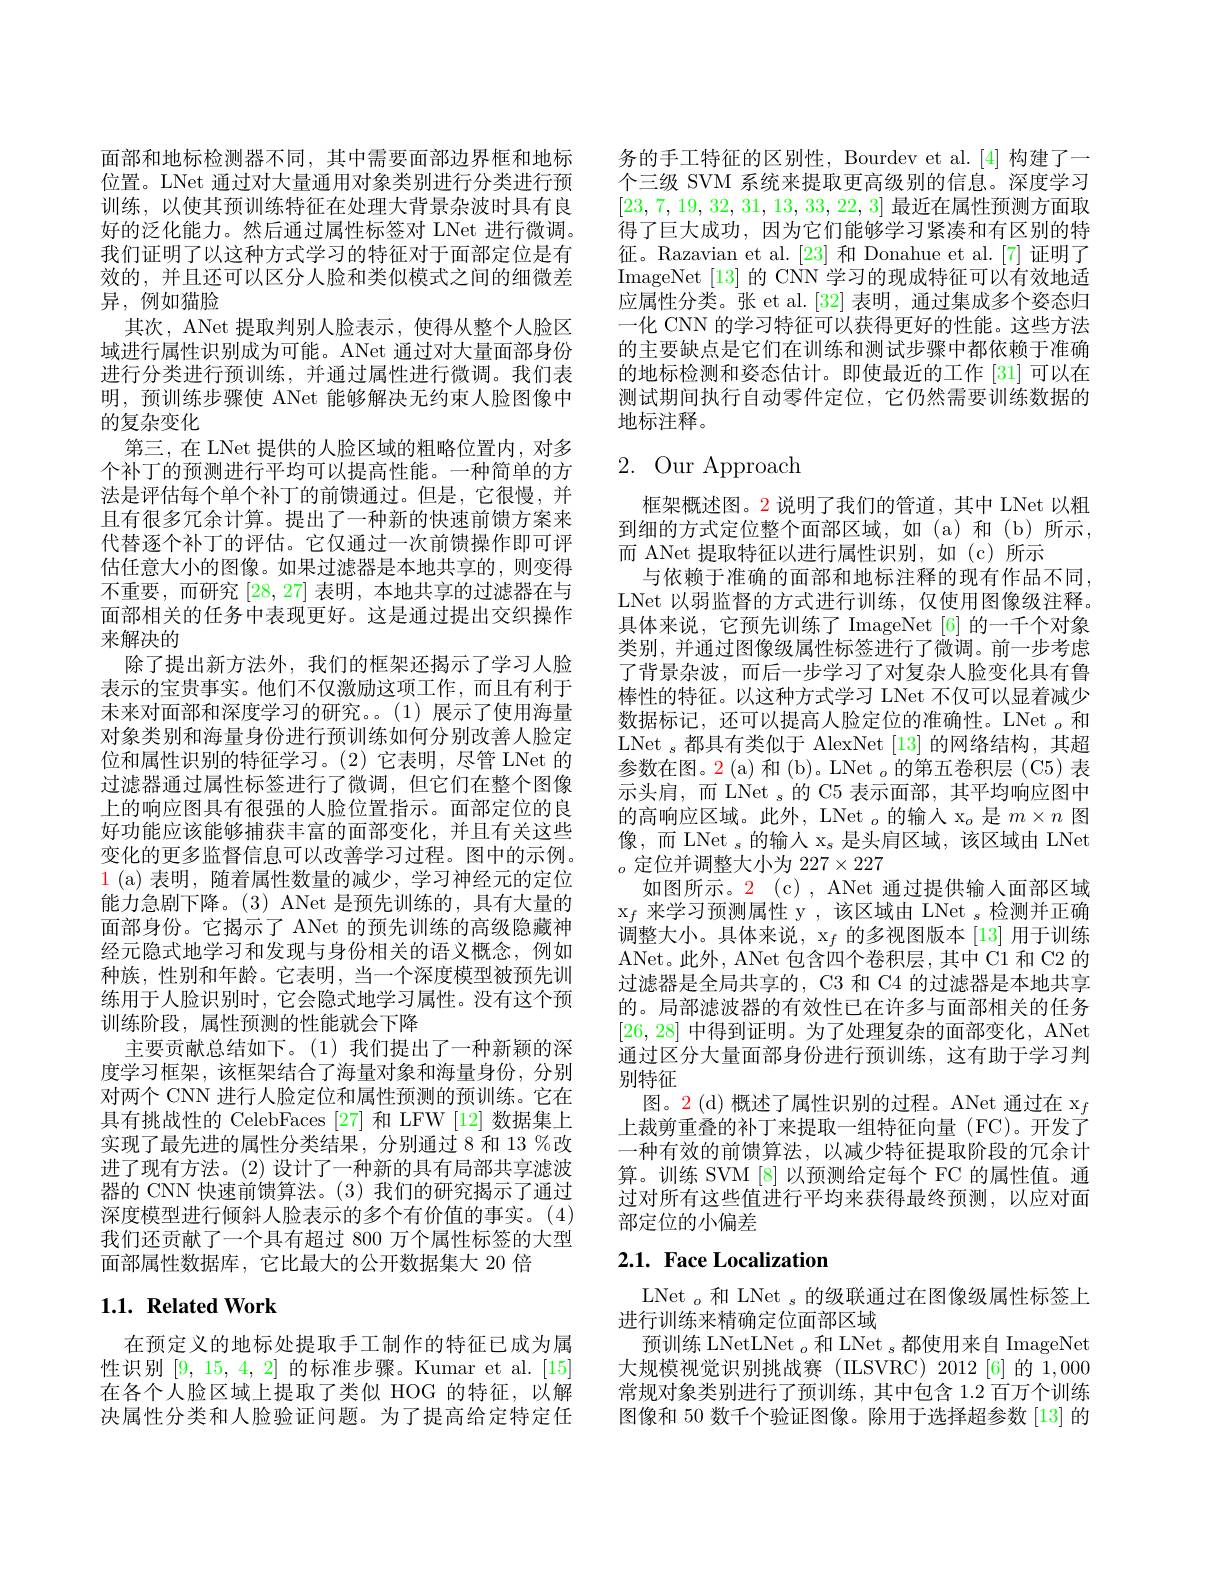
面部和地标检测器不同，其中需要面部边界框和地标位置。LNet 通过对大量通用对象类别进行分类进行预训练，以使其预训练特征在处理大背景杂波时具有良好的泛化能力。然后通过属性标签对 LNet 进行微调。我们证明了以这种方式学习的特征对于面部定位是有效的，并且还可以区分人脸和类似模式之间的细微差异，例如猫脸
其次，ANet 提取判别人脸表示，使得从整个人脸区域进行属性识别成为可能。ANet 通过对大量面部身份进行分类进行预训练，并通过属性进行微调。我们表明，预训练步骤使 ANet 能够解决无约束人脸图像中的复杂变化
第三，在 LNet 提供的人脸区域的粗略位置内，对多个补丁的预测进行平均可以提高性能。一种简单的方法是评估每个单个补丁的前馈通过。但是，它很慢，并且有很多冗余计算。提出了一种新的快速前馈方案来代替逐个补丁的评估。它仅通过一次前馈操作即可评估任意大小的图像。如果过滤器是本地共享的，则变得不重要，而研究[28,27]表明，本地共享的过滤器在与面部相关的任务中表现更好。这是通过提出交织操作来解决的
除了提出新方法外，我们的框架还揭示了学习人脸表示的宝贵事实。他们不仅激励这项工作，而且有利于未来对面部和深度学习的研究。。(1)展示了使用海量对象类别和海量身份进行预训练如何分别改善人脸定位和属性识别的特征学习。(2)它表明，尽管 LNet 的过滤器通过属性标签进行了微调，但它们在整个图像上的响应图具有很强的人脸位置指示。面部定位的良好功能应该能够捕获丰富的面部变化，并且有关这些变化的更多监督信息可以改善学习过程。图中的示例。$\color{red}1$ (a)表明，随着属性数量的减少，学习神经元的定位能力急剧下降。(3) ANet 是预先训练的，具有大量的面部身份。它揭示了 ANet 的预先训练的高级隐藏神经元隐式地学习和发现与身份相关的语义概念，例如种族，性别和年龄。它表明，当一个深度模型被预先训练用于人脸识别时，它会隐式地学习属性。没有这个预训练阶段，属性预测的性能就会下降
主要贡献总结如下。(1)我们提出了一种新颖的深度学习框架，该框架结合了海量对象和海量身份，分别对两个 CNN 进行人脸定位和属性预测的预训练。它在具有挑战性的 CelebFaces [27] 和 LFW [12] 数据集上实现了最先进的属性分类结果，分别通过 8 和 13 %改进了现有方法。(2)设计了一种新的具有局部共享滤波器的 CNN 快速前馈算法。(3)我们的研究揭示了通过深度模型进行倾斜人脸表示的多个有价值的事实。(4) 我们还贡献了一个具有超过 800 万个属性标签的大型面部属性数据库，它比最大的公开数据集大 20 倍

## $1. 1. \textbf{RelatedWork}$

在预定义的地标处提取手工制作的特征已成为属性识别[9,15,4,2]的标准步骤。Kumar et al.[15] 在各个人脸区域上提取了类似 HOG 的特征，以解决属性分类和人脸验证问题。为了提高给定特定任

务的手工特征的区别性，Bourdev et al.[4] 构建了一个三级 SVM 系统来提取更高级别的信息。深度学习[23,7,19,32,31,13,33,22,3]最近在属性预测方面取得了巨大成功，因为它们能够学习紧凑和有区别的特征。Razavian et al.[23] 和 Donahue et al.[7] 证明了ImageNet [13]的 CNN 学习的现成特征可以有效地适应属性分类。张 et al.[32] 表明，通过集成多个姿态归一化 CNN 的学习特征可以获得更好的性能。这些方法的主要缺点是它们在训练和测试步骤中都依赖于准确的地标检测和姿态估计。即使最近的工作[31]可以在测试期间执行自动零件定位，它仍然需要训练数据的地标注释。

# $2.~$Our Approach

框架概述图。2 说明了我们的管道，其中 LNet 以粗到细的方式定位整个面部区域，如(a)和(b)所示， 而 ANet 提取特征以进行属性识别，如(c)所示
与依赖于准确的面部和地标注释的现有作品不同， LNet 以弱监督的方式进行训练，仅使用图像级注释。具体来说，它预先训练了 ImageNet[6]的一千个对象类别，并通过图像级属性标签进行了微调。前一步考虑了背景杂波，而后一步学习了对复杂人脸变化具有鲁棒性的特征。以这种方式学习 LNet 不仅可以显着减少数据标记，还可以提高人脸定位的准确性。LNet $_o$和LNet $_s$都具有类似于 AlexNet [13]的网络结构，其超参数在图。2 (a) 和 (b)。LNet $_o$的第五卷积层 (C5) 表示头肩，而 LNet $_s$的 C5 表示面部，其平均响应图中的高响应区域。此外，LNet $_o$的输入 x$_o$是$m\times n$图像，而 LNet $_s$的输入 x$_s$是头肩区域，该区域由 LNet $_o$定位并调整大小为 227$\times227$
如图所示。2(c), ANet 通过提供输入面部区域$\mathrm{x}_f$来学习预测属性 y ,该区域由 LNet s检测并正确调整大小。具体来说，$\mathrm{x}_f$的多视图版本 [13] 用于训练ANet。此外，ANet 包含四个卷积层，其中 C1 和 C2 的过滤器是全局共享的，C3 和 C4 的过滤器是本地共享的。局部滤波器的有效性已在许多与面部相关的任务[26,28]中得到证明。为了处理复杂的面部变化，ANet 通过区分大量面部身份进行预训练，这有助于学习判别特征
图。2 (d) 概述了属性识别的过程。ANet 通过在 x$_f$ 上裁剪重叠的补丁来提取一组特征向量(FC)。开发了一种有效的前馈算法，以减少特征提取阶段的冗余计算。训练 SVM [8] 以预测给定每个 FC 的属性值。通过对所有这些值进行平均来获得最终预测，以应对面部定位的小偏差

# 2.1. Face Localization

LNet $_o\text{和 LNet }_s$的级联通过在图像级属性标签上
进行训练来精确定位面部区域
预训练 LNetLNet $_o$和 LNet $_s$都使用来自 ImageNet 大规模视觉识别挑战赛(ILSVRC)2012[6]的 1,000常规对象类别进行了预训练，其中包含 1.2 百万个训练图像和 50 数千个验证图像。除用于选择超参数[13]的